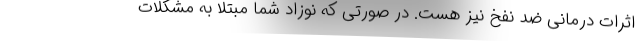
اثرات درمانی ضد نفخ نیز هست. در صورتی که نوزاد شما مبتلا به مشکلات